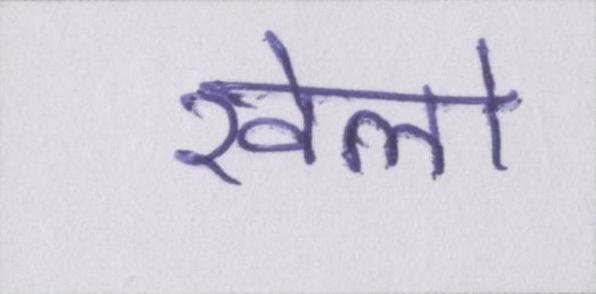
खेलो